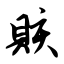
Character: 赅